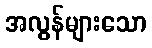
အလွန်များသော